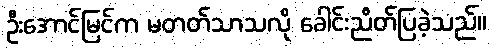
ဦးအောင်မြင်က မတတ်သာသလို ခေါင်းညိတ်ပြခဲ့သည်။